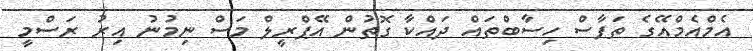
އެމްއެމްއޭގެ ތަފާސް ހިސާބްތައް ދައްކާ ގޮތުން އޭޕްރީލް މަސް ނިމުނު އިރު ރަސްމީ